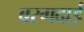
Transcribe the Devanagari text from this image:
बरगदाई